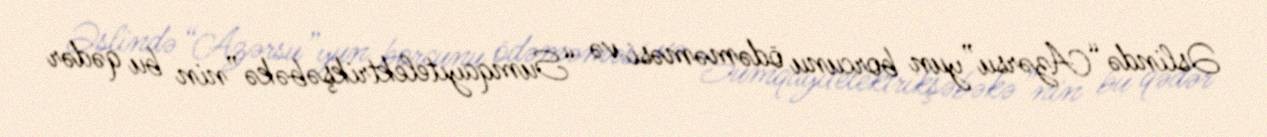
Əslində “Azərsu”yun borcunu ödəməməsi və “Sumqayıtelektrikşəbəkə”nin bu qədər